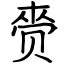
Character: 赍